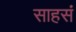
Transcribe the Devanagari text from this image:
साहसं